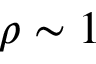
\rho \sim 1